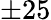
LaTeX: \pm 25